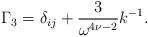
LaTeX: \begin{align*} \Gamma_3 = \delta_{ij} +\frac{3}{\omega^{4\nu-2}}k^{-1}.\end{align*}